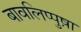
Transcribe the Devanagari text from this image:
बावलिप्पुष़ा